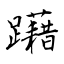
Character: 躤